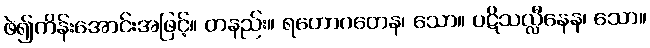
ဖဲ၍ကိန်းအောင်းအဖြင့်။ တနည်း။ ရဟောဂတေန၊ သော။ ပဋိသလ္လီနေန၊ သော။